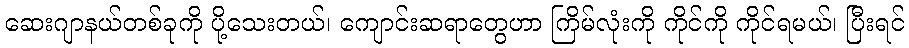
ဆေးဂျာနယ်တစ်ခုကို ပို့သေးတယ်၊ ကျောင်းဆရာတွေဟာ ကြိမ်လုံးကို ကိုင်ကို ကိုင်ရမယ်၊ ပြီးရင်